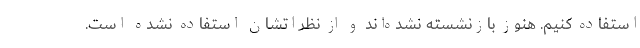
استفاده کنیم. هنوز بازنشسته نشده‌اند و از نظراتشان استفاده نشده است.